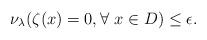
LaTeX: \begin{align*}\nu_\lambda(\zeta(x)=0,\forall~x\in D)\leq \epsilon.\end{align*}